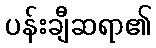
ပန်းချီဆရာ၏